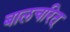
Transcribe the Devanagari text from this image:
बालचरित्